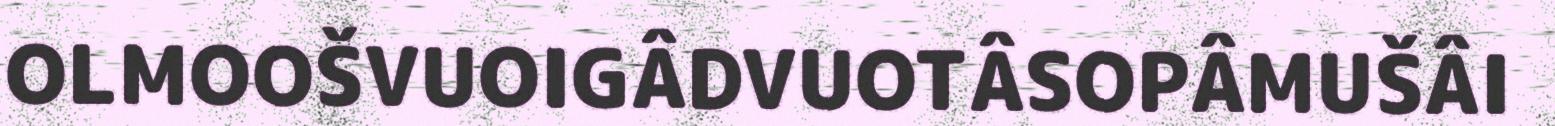
OLMOOŠVUOIGÂDVUOTÂSOPÂMUŠÂI